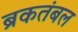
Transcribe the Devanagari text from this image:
ब्रकतंबल